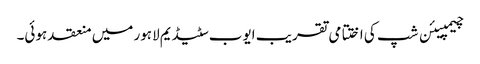
چیمپیئن شپ کی اختتامی تقریب ایوب سٹیڈیم لاہور میں منعقد ہوئی۔